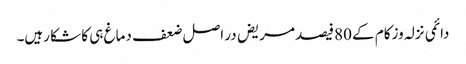
دائمی نزلہ وزکام کے 80فیصد مریض در اصل ضعف دماغ ہی کا شکا رہیں۔